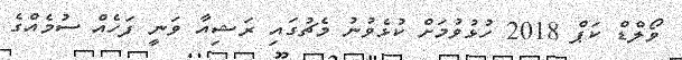
ވޯލްޑް ކަޕް 2018 ހުޅުވުމަށް ކުޅެވުނު މެޗުގައި ރަޝިއާ ވަނީ ފަހެއް ސުމެއްގެ